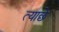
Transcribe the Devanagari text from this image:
त्याछे